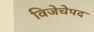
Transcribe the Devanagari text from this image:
विजेचेपद